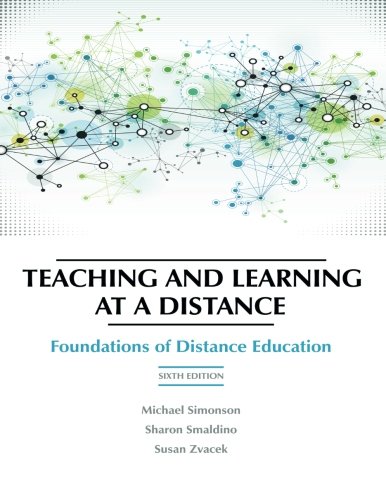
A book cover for Teaching and Learning at a Distance: Foundations of Distance Education, 6th Edition; Education & Teaching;